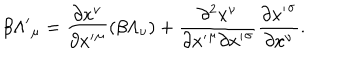
LaTeX: \beta { \Lambda ^ { \prime } } _ { \mu } = \frac { \partial x ^ { \nu } } { \partial { x ^ { \prime } } ^ { \mu } } ( \beta \Lambda _ { \nu } ) + \frac { \partial ^ { 2 } x ^ { \nu } } { { \partial { x ^ { \prime } } ^ { \mu } } { \partial { x ^ { \prime } } ^ { \sigma } } } \frac { \partial { x ^ { \prime } } ^ { \sigma } } { \partial x ^ { \nu } } .